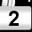
Digit: 2